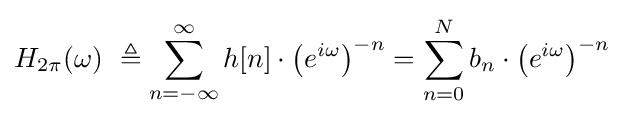
H_{2\pi }(\omega )\ \triangleq \sum _{n=-\infty }^{\infty }h[n]\cdot \left({e^{i\omega }}\right)^{-n}=\sum _{n=0}^{N}b_{n}\cdot \left({e^{i\omega }}\right)^{-n}